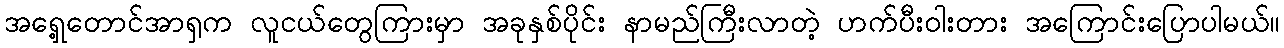
အရှေ့တောင်အာရှက လူငယ်တွေကြားမှာ အခုနှစ်ပိုင်း နာမည်ကြီးလာတဲ့ ဟက်ပီးဝါးတား အကြောင်းပြောပါမယ်။